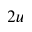
_ { 2 u }